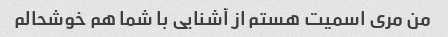
من مری اسمیت هستم از آشنایی با شما هم خوشحالم